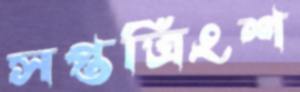
সপ্তত্রিংশ